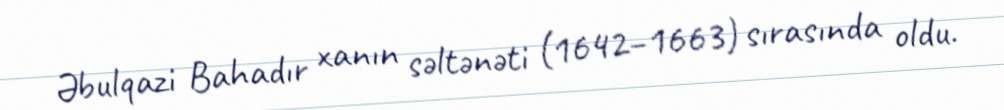
Əbulqazi Bahadır xanın səltənəti (1642–1663) sırasında oldu.